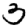
Digit: 3